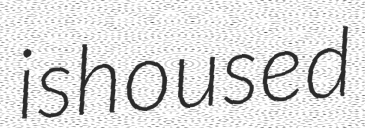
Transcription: is housed